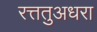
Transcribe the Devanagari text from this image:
रत्ततुअधरा